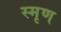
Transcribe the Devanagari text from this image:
स्मृण